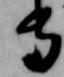
守